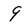
Character: 9